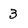
Character: 3